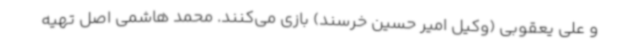
و علی یعقوبی (وکیل امیر حسین خرسند) بازی می‌کنند. محمد هاشمی اصل تهیه